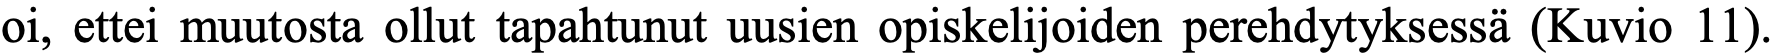
oi, ettei muutosta ollut tapahtunut uusien opiskelijoiden perehdytyksessä (Kuvio 11).